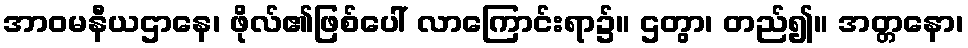
အာဝမနီယဌာနေ၊ ဖိုလ်၏ဖြစ်ပေါ် လာကြောင်းရာ၌။ ဌတွာ၊ တည်၍။ အတ္တနော၊